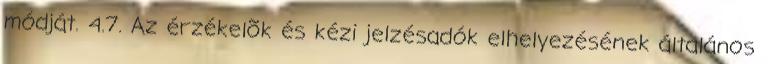
módját. 4.7. Az érzékelõk és kézi jelzésadók elhelyezésének általános